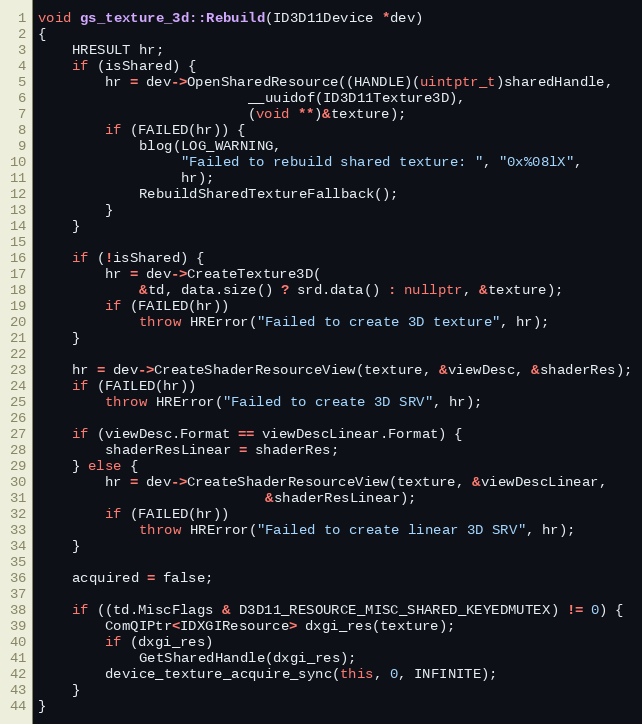
Language: C++
void gs_texture_3d::Rebuild(ID3D11Device *dev)
{
	HRESULT hr;
	if (isShared) {
		hr = dev->OpenSharedResource((HANDLE)(uintptr_t)sharedHandle,
					     __uuidof(ID3D11Texture3D),
					     (void **)&texture);
		if (FAILED(hr)) {
			blog(LOG_WARNING,
			     "Failed to rebuild shared texture: ", "0x%08lX",
			     hr);
			RebuildSharedTextureFallback();
		}
	}

	if (!isShared) {
		hr = dev->CreateTexture3D(
			&td, data.size() ? srd.data() : nullptr, &texture);
		if (FAILED(hr))
			throw HRError("Failed to create 3D texture", hr);
	}

	hr = dev->CreateShaderResourceView(texture, &viewDesc, &shaderRes);
	if (FAILED(hr))
		throw HRError("Failed to create 3D SRV", hr);

	if (viewDesc.Format == viewDescLinear.Format) {
		shaderResLinear = shaderRes;
	} else {
		hr = dev->CreateShaderResourceView(texture, &viewDescLinear,
						   &shaderResLinear);
		if (FAILED(hr))
			throw HRError("Failed to create linear 3D SRV", hr);
	}

	acquired = false;

	if ((td.MiscFlags & D3D11_RESOURCE_MISC_SHARED_KEYEDMUTEX) != 0) {
		ComQIPtr<IDXGIResource> dxgi_res(texture);
		if (dxgi_res)
			GetSharedHandle(dxgi_res);
		device_texture_acquire_sync(this, 0, INFINITE);
	}
}